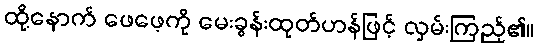
ထို့နောက် ဖေဖေ့ကို မေးခွန်းထုတ်ဟန်ဖြင့် လှမ်းကြည့်၏။